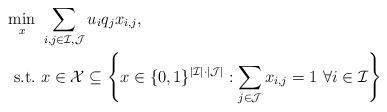
LaTeX: \begin{align*}\min_{x} & \ \sum_{i,j \in \mathcal{I}, \mathcal{J}} u_i q_j x_{i,j}, \\\mathrm{s.t.} & \ x \in \mathcal{X} \subseteq \left\{x \in \{0,1\}^{|\mathcal{I}|\cdot|\mathcal{J}|}:\sum_{j \in \mathcal{J}} x_{i,j} = 1 \ \forall i \in \mathcal{I}\right\}\end{align*}